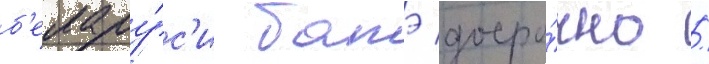
б'елару́с'и батэ досро́чно /